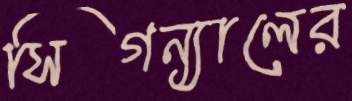
সিগন্যালের